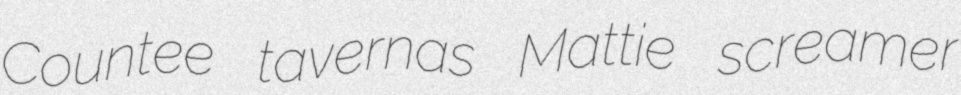
Countee tavernas Mattie screamer